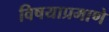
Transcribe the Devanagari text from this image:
विषयाप्रमाणे